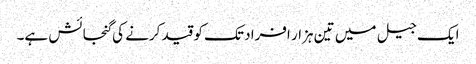
ایک جیل میں تین ہزار افراد تک کو قید کرنے کی گنجائش ہے۔